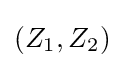
(Z_{1},Z_{2})